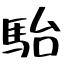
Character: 駘